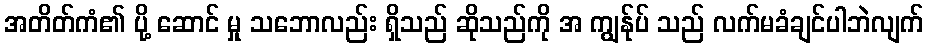
အတိတ်ကံ၏ ပို့ ဆောင် မှု သဘောလည်း ရှိသည် ဆိုသည်ကို အ ကျွန်ုပ် သည် လက်မခံချင်ပါဘဲလျက်